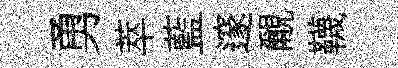
勇萃藍邃覼韈